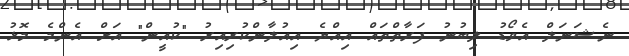
ނެޝަނަލް އެވޯޑު ލިބުނު ފަރާތްތައް އިއްޔެ އިއުލާންކުރިއިރު "ކުއީން" އަށް އެންމެ މޮޅު